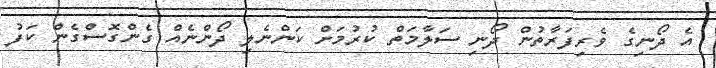
އެ ދޯނިގެ ވެރިފަރާތުން ދޯނި ސަލާމަތް ކުރުމަށް ކަންނެލި ދޯންނެއް ގެންގޮސްގެން ކަފު